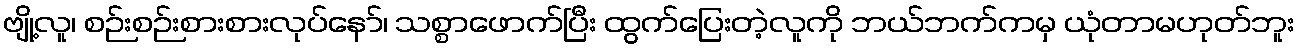
ဗျို့လူ၊ စဉ်းစဉ်းစားစားလုပ်နော်၊ သစ္စာဖောက်ပြီး ထွက်ပြေးတဲ့လူကို ဘယ်ဘက်ကမှ ယုံတာမဟုတ်ဘူး